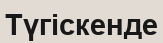
Түгіскенде